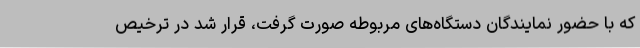
که با حضور نمایندگان دستگاه‌های مربوطه صورت گرفت، قرار شد در ترخیص